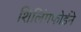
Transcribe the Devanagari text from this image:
शिलिंगफोर्डने